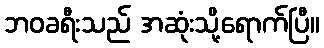
ဘဝခရီးသည် အဆုံးသို့ရောက်ပြီ။